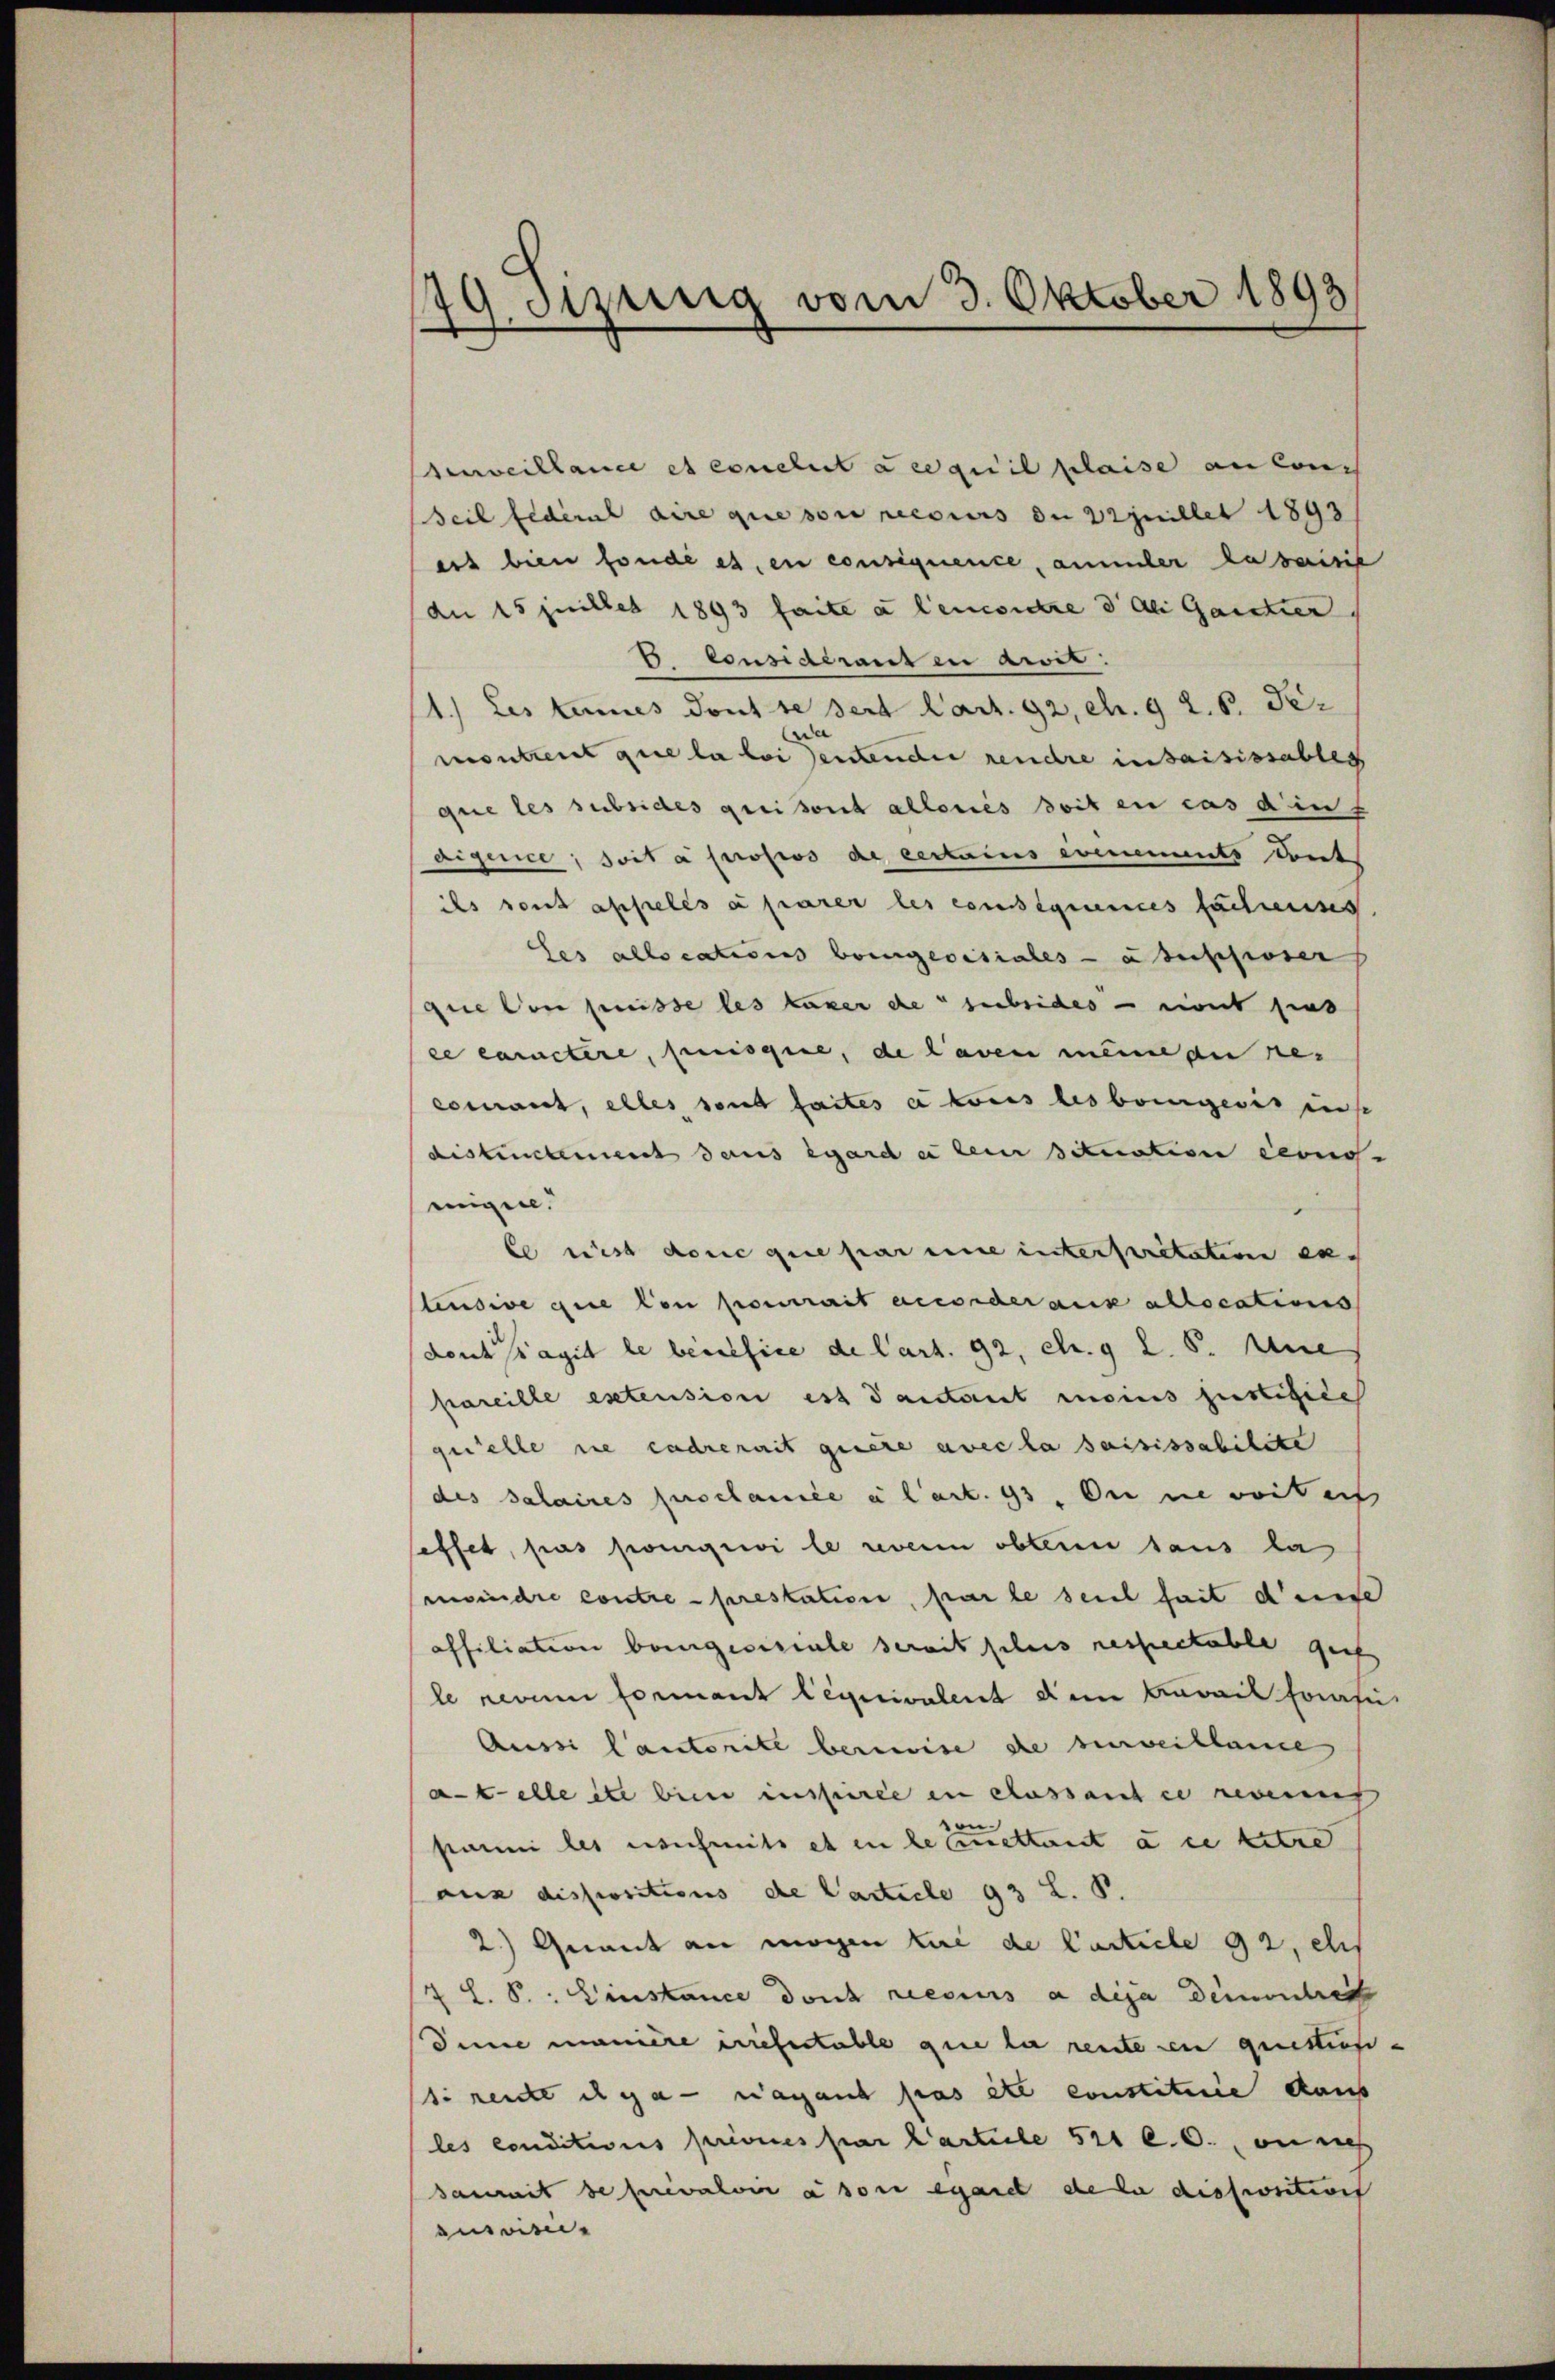
49. Spung vom 3. Oktober 1893

eveillance et conclut acquit plaise an Conc
Seil federat dire que son recours de Vinillet 1893
ers bien fonde es, en consequence, ammmler da saisis
Au 15 juillet 1893 faite à leucontre dal Gaister
2 Considerant in ait.
1.) Les tenes dont se sert Cart. 92, eh. 92. 6. Fer
e
contreit gere la bei deutenden reuehre in saisissables
que les subsides greisont alloriés doit en cas din
aigence, soit à propos de certains evenements deut
ils sont appelés à parer les consequences fachenses
Ses allocations bringerisiales a supposer
que von gewisse les kamer de subsides ont pas
ce caractere, puisque, de Laven meine au res
comant, alles sont faites akonis les bringeris uns
distinctement dans egard er kein situation cens
migen.
le ist dont que par eine interspritation ex
tensive die von pourrait accorderank allocations
dont agit le beisefice de Cart. 92, c. g 2. S. die
pareille estension est danstant moins justifice
quelle sie endrenait quere avec la saisissabilite
des Salaires proclamée e l’art. 93. Du nie weiten
seffet, pas ponigiii le reverin obtern sans la
moindre contre prestation, par le seit fait dense
affiliation bangesiciale serait schnis respectable gef
le neuen Formant lequivalent dem Beweil forasi
Aussi Cantorite bereise de surveillande
atelleite bein inspirie in cassant ce nomme
parmi les sich mits et in le cettent à ce titre
aus dispositions de Carticle 93 L. P.
2.) Quant an mögen lui de Carticle 92, es
7 L. S.: Einstance durch reesis a dija Demontret
Sinne manière riefertable que la rente in questiensti neute ich gar - wagant pas ête constituie dans
les conditions privices par Carteile 521 l6. on nich
damit de prévaloir à son egart de la disposition
aivit